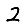
Digit: 2